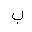
Letter: _ba